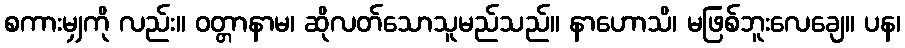
စကားမျှကို လည်း။ ဝတ္တာနာမ၊ ဆိုလတ်သောသူမည်သည်။ နာဟောသိ၊ မဖြစ်ဘူးလေချေ။ ပန၊